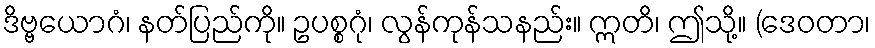
ဒိဗ္ဗယောဂံ၊ နတ်ပြည်ကို။ ဥပစ္စဂုံ၊ လွန်ကုန်သနည်း။ ဣတိ၊ ဤသို့။ (ဒေဝတာ၊